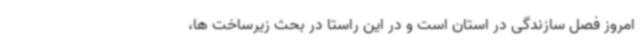
امروز فصل سازندگی در استان است و در این راستا در بحث زیرساخت ها،